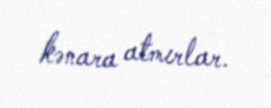
kənara atmırlar.